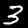
Digit: 3